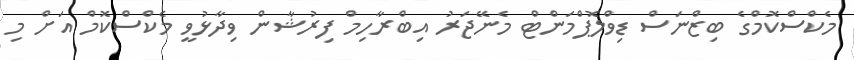
މެކްސްކޮމްގެ ބިޒްނަސް ޑިވްލޮޕްމަންޓް މެނޭޖަރު އިބްރާހިމް ފިރުޝާން ވިދާޅުވީ މެކްސްކޮމް އަށް މި